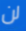
لن